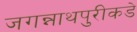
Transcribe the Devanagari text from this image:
जगन्नाथपुरीकडे